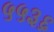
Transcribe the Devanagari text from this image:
५५३६